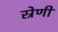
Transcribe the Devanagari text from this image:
स्रेणी